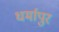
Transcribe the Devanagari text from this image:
धर्मापुर